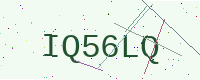
Text: IQ56LQ